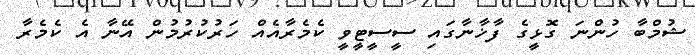
ޝުމްބާ ހުންނަ ގޮޅީގެ ފާޚާނާގައި ސީސީޓީވީ ކެމެރާއެއް ހަރުކުރުމުން އޭނާ އެ ކެމެރާ